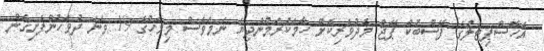
އެހޮސްޕިޓަލުގެ ފޭސްބުކް ޕޭޖް މެދުވެރިކޮށް ހާމަކުރަމުންދިޔަ ނަމަވެސް މިމަހުގެ 19 ވަނަ ދުވަހުންފެށިގެން